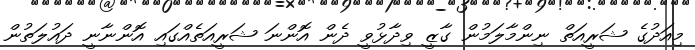
މިއަދުގެ ޝަރީއަތް ނިންމާލަމުން ގާޒީ ވިދާޅުވީ ދެން އޮންނަ ޝަރީއަތެއްގައި އޮންނާނީ ދައުލަތުން